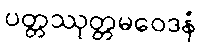
ပတ္တဿုတ္တမဝေဒနံ